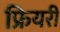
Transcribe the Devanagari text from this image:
फ्रियरी